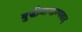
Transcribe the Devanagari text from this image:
बुद्धीप्रामाण्यवाद